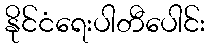
နိုင်ငံရေးပါတီပေါင်း